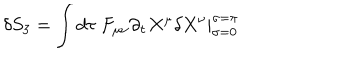
\delta S _ { 3 } = \int d \tau \ F _ { \mu \nu } \partial _ { \tau } X ^ { \mu } \delta X ^ { \nu } | _ { \sigma = 0 } ^ { \sigma = \pi }